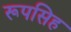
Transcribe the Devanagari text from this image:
रूपसिह